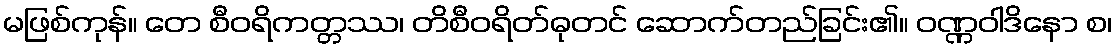
မဖြစ်ကုန်။ တေ စီဝရိကတ္တဿ၊ တိစီဝရိတ်ဓုတင် ဆောက်တည်ခြင်း၏။ ဝဏ္ဏဝါဒိနော စ၊